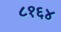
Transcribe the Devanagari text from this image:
८१६४